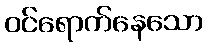
ဝင်ရောက်နေသော